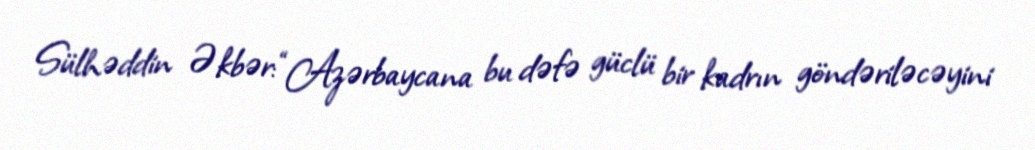
Sülhəddin Əkbər: “Azərbaycana bu dəfə güclü bir kadrın göndəriləcəyini